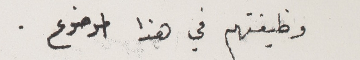
وظيفتهم في هذا الموضوع.